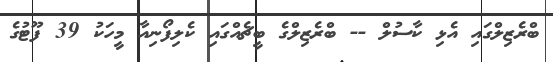
ބްރެޒިލްގައި އެޅި ކާސުލް -- ބްރެޒިލްގެ ބީޗެއްގައި ކެލިފޯނިއާ މީހަކު 39 ފޫޓުގެ